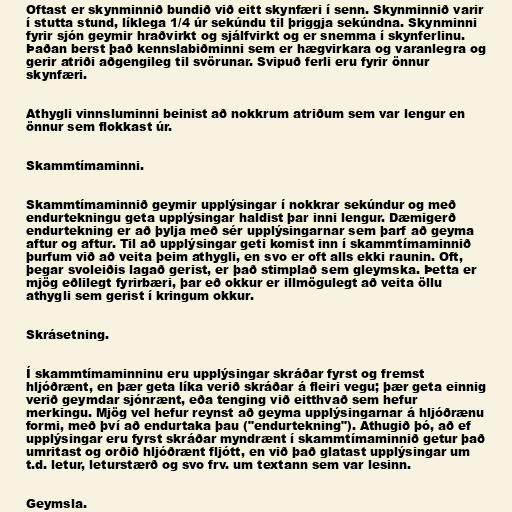
Oftast er skynminnið bundið við eitt skynfæri í senn. Skynminnið varir
í stutta stund, líklega 1/4 úr sekúndu til þriggja sekúndna. Skynminni
fyrir sjón geymir hraðvirkt og sjálfvirkt og er snemma í skynferlinu.
Þaðan berst það kennslabiðminni sem er hægvirkara og varanlegra og
gerir atriði aðgengileg til svörunar. Svipuð ferli eru fyrir önnur
skynfæri.

Athygli vinnsluminni beinist að nokkrum atriðum sem var lengur en
önnur sem flokkast úr.

Skammtímaminni.

Skammtímaminnið geymir upplýsingar í nokkrar sekúndur og með
endurtekningu geta upplýsingar haldist þar inni lengur. Dæmigerð
endurtekning er að þylja með sér upplýsingarnar sem þarf að geyma
aftur og aftur. Til að upplýsingar geti komist inn í skammtímaminnið
þurfum við að veita þeim athygli, en svo er oft alls ekki raunin. Oft,
þegar svoleiðis lagað gerist, er það stimplað sem gleymska. Þetta er
mjög eðlilegt fyrirbæri, þar eð okkur er illmögulegt að veita öllu
athygli sem gerist í kringum okkur.

Skrásetning.

Í skammtímaminninu eru upplýsingar skráðar fyrst og fremst
hljóðrænt, en þær geta líka verið skráðar á fleiri vegu; þær geta einnig
verið geymdar sjónrænt, eða tenging við eitthvað sem hefur
merkingu. Mjög vel hefur reynst að geyma upplýsingarnar á hljóðrænu
formi, með því að endurtaka þau ("endurtekning"). Athugið þó, að ef
upplýsingar eru fyrst skráðar myndrænt í skammtímaminnið getur það
umritast og orðið hljóðrænt fljótt, en við það glatast upplýsingar um
t.d. letur, leturstærð og svo frv. um textann sem var lesinn.

Geymsla.